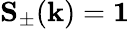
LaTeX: \mathbf{S}_{\pm}(\textbf{k})=\mathbf{1}